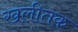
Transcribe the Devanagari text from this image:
खलीतक